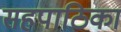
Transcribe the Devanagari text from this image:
सहपाठिका